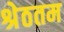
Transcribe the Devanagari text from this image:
श्रेठतम